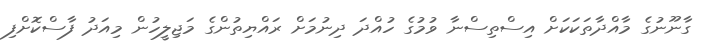
ގާނޫނުގެ މާއްދާތަކަކަށް އިސްތިސްނާ ވުމުގެ ހުއްދަ ދިނުމަށް ރައްޔިތުންގެ މަޖިލީހުން މިއަދު ފާސްކޮށްފި